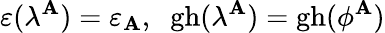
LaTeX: \varepsilon(\lambda^{\mathbf{A}})=\varepsilon_{\mathbf{A}},\; \; \mathrm{{gh}}(\lambda^{\mathbf{A}})=\mathrm{{gh}}(\phi^{\mathbf{A}})